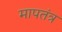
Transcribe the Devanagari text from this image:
मापतंत्र